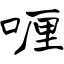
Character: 喱